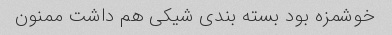
خوشمزه بود بسته بندی شیکی هم داشت ممنون